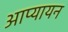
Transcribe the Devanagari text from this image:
आप्यायन